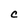
Character: C